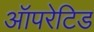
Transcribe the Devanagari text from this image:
ऑपरेटिड